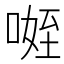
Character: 𭉐